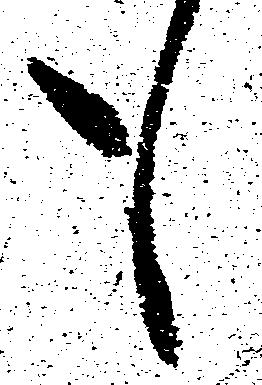
も